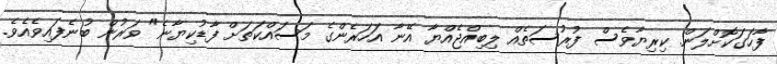
ފާހަގަކޮށްލަން. ކިރިޔާވެސް ފުރުސަތެއް ލިބިއްޖެއްޔާ އޭނާ އަހަރެންގެ މަސައްކަތަށް ފާޑުކިޔާނެ" ވަރުން ބުނެފައިވެއެވެ.